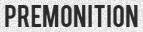
PREMONITION